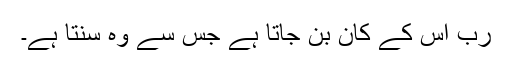
رب اُس کے کان بن جاتا ہے جس سے وہ سنتا ہے۔